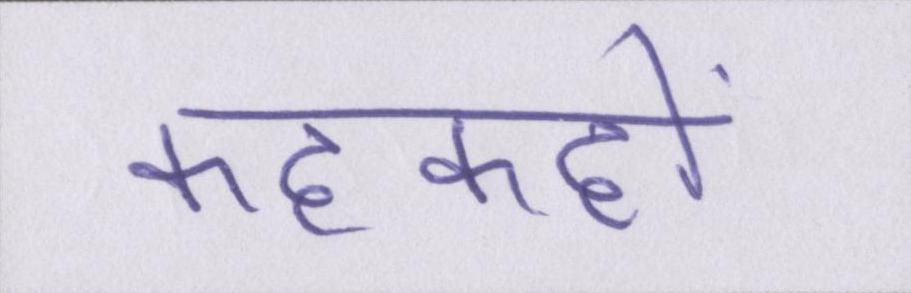
कहकहों